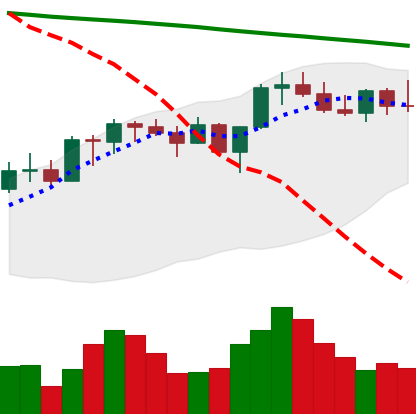
Ticker: XMR-USD
Chart end date: 2022-08-03
Forward return: 6.722%
Label: up_5_7